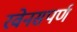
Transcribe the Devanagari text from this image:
रवेनसपर्ण